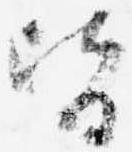
皆